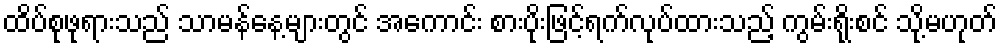
ထိပ်စုဖုရားသည် သာမန်နေ့များတွင် အကောင်း စားပိုးဖြင့်ရက်လုပ်ထားသည့် ကွမ်းရိုးစင် သို့မဟုတ်